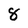
Character: 8